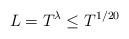
LaTeX: \begin{align*}L = T^{\lambda} \leq T^{1/20}\end{align*}